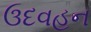
ઉદવહન